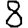
Digit: 8